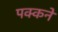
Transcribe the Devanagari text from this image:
पक्कने